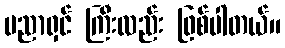
ပညာရှင် ကြီးလည်း ဖြစ်ပါတယ်။